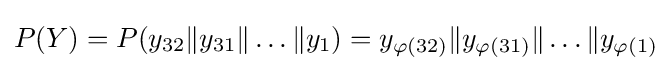
P(Y)=P(y_{32}{\mathcal {k}}y_{31}{\mathcal {k}}\dots {\mathcal {k}}y_{1})=y_{\varphi (32)}{\mathcal {k}}y_{\varphi (31)}{\mathcal {k}}\dots {\mathcal {k}}y_{\varphi (1)}